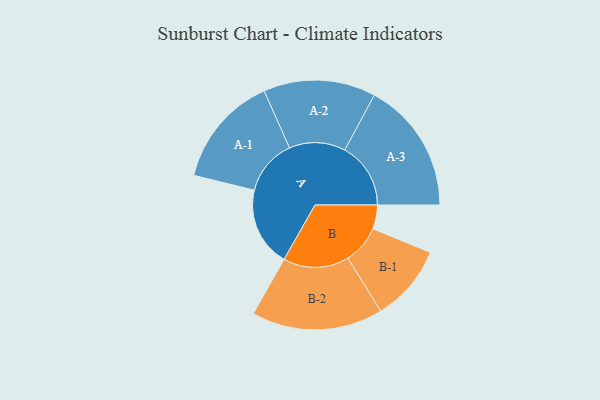
{"axis": {"x": "Segment", "y": "Value"}, "legend": ["", "A", "B"], "data": [{"x": "A", "y": 345, "type": ""}, {"x": "B", "y": 104, "type": ""}, {"x": "A-1", "y": 243, "type": "A"}, {"x": "A-2", "y": 244, "type": "A"}, {"x": "A-3", "y": 287, "type": "A"}, {"x": "B-1", "y": 167, "type": "B"}, {"x": "B-2", "y": 286, "type": "B"}]}